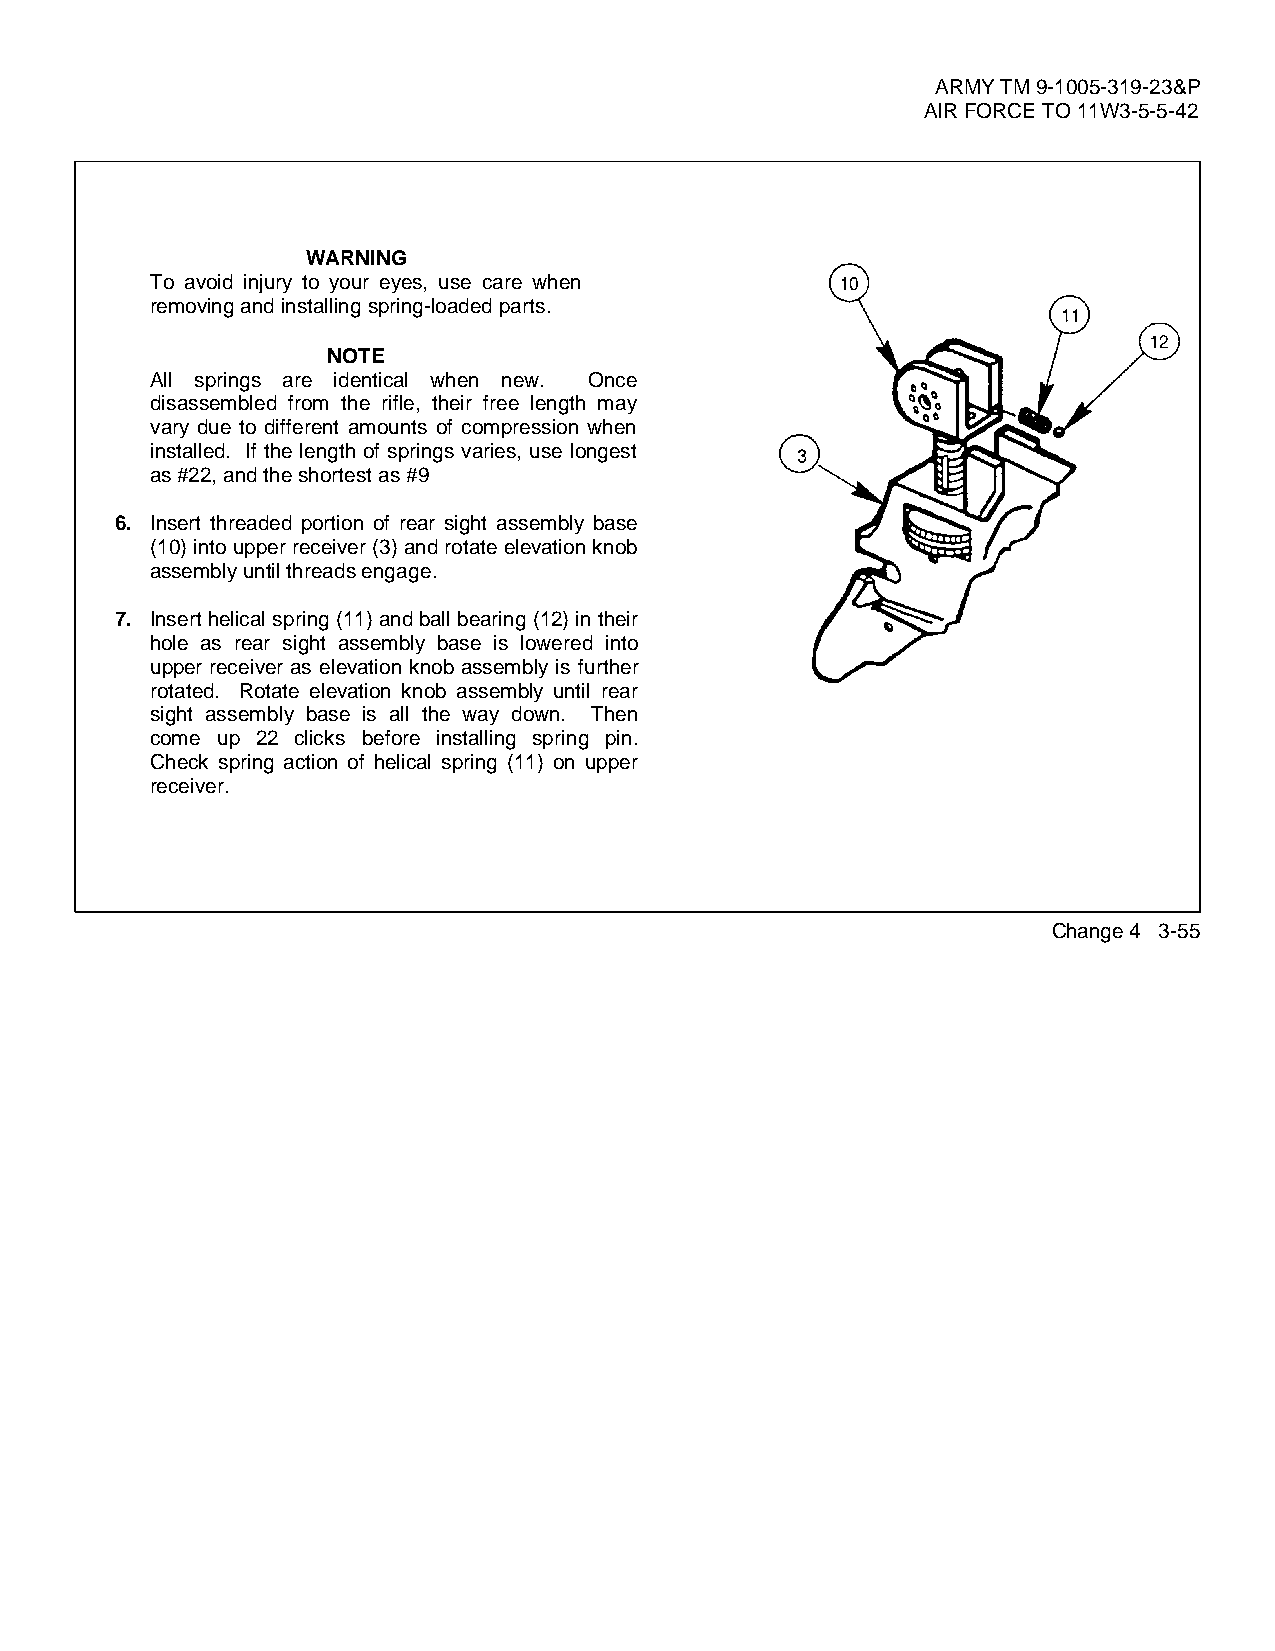
ARMY TM 9-1005-319-23&P
 AIR FORCE TO 11W3-5-5-42
 WARNING
 To avoid injury to your eyes, use care when
 removing and installing spring-loaded parts.
 NOTE
 All springs are identical when new. Once
 disassembled from the rifle, their free length may
 vary due to different amounts of compression when
 installed. If the length of springs varies, use longest
 as #22, and the shortest as #9
 6. Insert threaded portion of rear sight assembly base
 (10) into upper receiver (3) and rotate elevation knob
 assembly until threads engage.
 7. Insert helical spring (11) and ball bearing (12) in their
 hole as rear sight assembly base is lowered into
 upper receiver as elevation knob assembly is further
 rotated. Rotate elevation knob assembly until rear
 sight assembly base is all the way down. Then
 come up 22 clicks before installing spring pin.
 Check spring action of helical spring (11) on upper
 receiver.
 Change 4 3-55